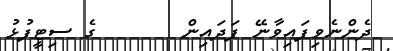
ދެންނެވިފައިވާނޭ ފަދައިން       ގެ ސިޓީފުޅު